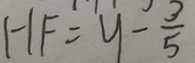
H F = y - \frac { 3 } { 5 }